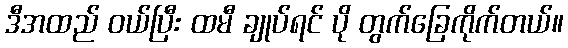
ဒီအထည် ဝယ်ပြီး ထမီ ချုပ်ရင် ပို တွက်ခြေကိုက်တယ်။